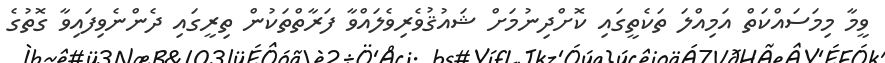
ވީމާ މިމަސައްކަތް އަމިއްލަ ތަކެތީގައި ކޮށްދިނުމަށް ޝައުޤުވެރިވެލައްވާ ފަރާތްތަކުން ތިރީގައި ދެންނެވިފައިވާ ގޮތުގެ